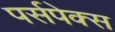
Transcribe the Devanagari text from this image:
पर्सपेक्स